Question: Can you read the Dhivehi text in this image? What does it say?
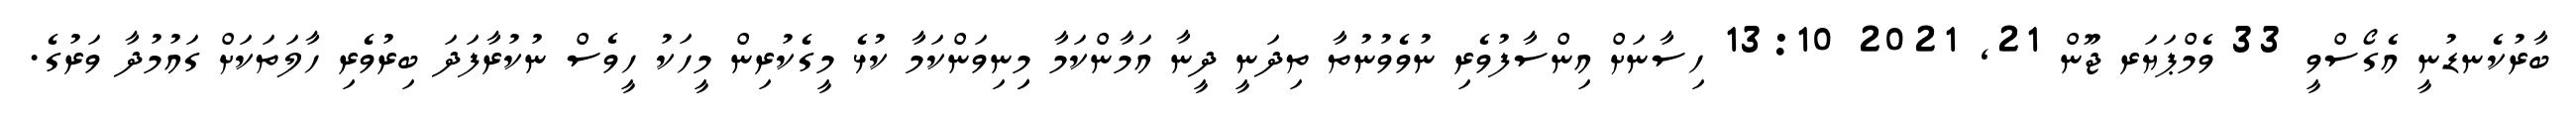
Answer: ބާރުކެނޑުނީ އެގޯސްވީ 33 ވެމްޕަޔަރ ޖޫން 21, 2021 13:10 ހިސާނަށް އިންސާފުވެރި ނުވެވުނުތާ ތިދަނީ ދީނާ އަމާންކަމާ މިިނިވަންކަމާ ކުޅެ މީގެކުރިން މީހަކު ހީވެސް ނުކުރާފަދަ ބިރުވެރި ހާލަތަކަށް ގައުމުދާ ވަރުގެ.